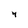
Character: 4